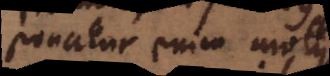
Ponatur enim motus